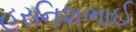
હરનિશભાઈ